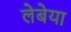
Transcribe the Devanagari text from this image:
लेबेया